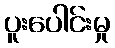
ပူးပေါင်းမှု